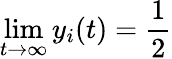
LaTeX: \operatorname*{lim}_{t\to\infty}y_{i}(t)=\frac{1}{2}